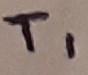
Text: T1